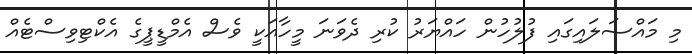
މި މައްސަލައިގައި ފުލުހުން ހައްޔަރު ކުރި ދެވަނަ މީހާއަކީ ވެސް އެމްޑީޕީގެ އެކްޓިވިސްޓެއް